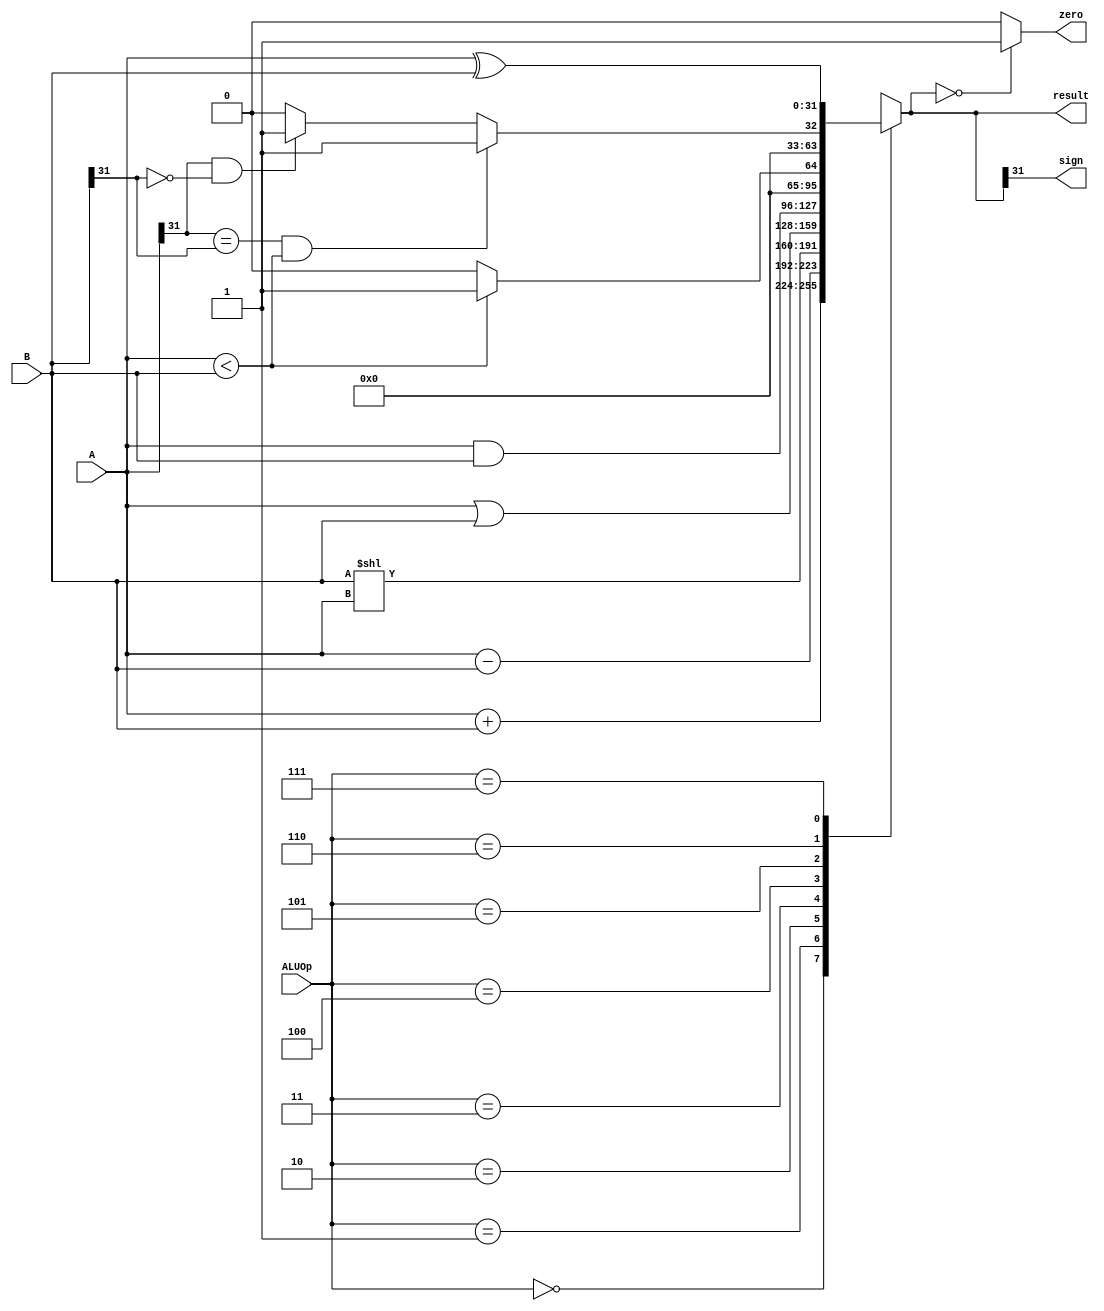
`timescale 1ns / 1ps
//////////////////////////////////////////////////////////////////////////////////
// Company: 
// Engineer: 
// 
// Design Name: 
// Module Name: ALU
// Project Name: 
// Target Devices: 
// Tool Versions: 
// Description: 
// 
// Dependencies: 
// 
// Revision:
// Revision 0.01 - File Created
// Additional Comments:
// 
//////////////////////////////////////////////////////////////////////////////////


module ALU(
    input [2:0] ALUOp,
    input [31:0] A,
    input [31:0] B,
    output reg [31:0] result,
    output zero,    // 010
    output sign    // 10
    );
    
    assign zero = (result == 0) ? 1 : 0;
    assign sign = result[31];
    
    always @(ALUOp or A or B) begin
        case(ALUOp)
            3'b000: result = A + B;
            3'b001: result = A - B;
            3'b010: result = B << A;
            3'b011: result = A | B;
            3'b100: result = A & B;
            3'b101: result = (A < B) ? 1 : 0; // 5: 
            3'b110: begin                     // 6: 
                        if((A[31] == B[31]) && (A < B)) result = 1;
                        else if(A[31]==1 && B[31]==0) result = 1;
                        else result = 0;
                    end
            3'b111: result = A ^ B;
        endcase
    end
endmodule